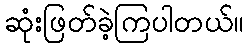
ဆုံးဖြတ်ခဲ့ကြပါတယ်။